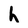
Character: h